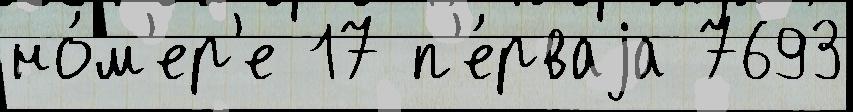
но́м'ер'е 17 п'е́рваjа 7693